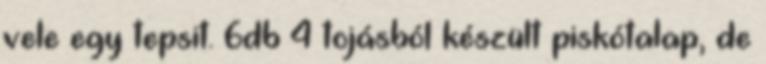
vele egy tepsit. 6db 4 tojásból készült piskótalap, de